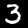
Label: 3